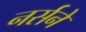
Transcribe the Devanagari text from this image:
नर्सने